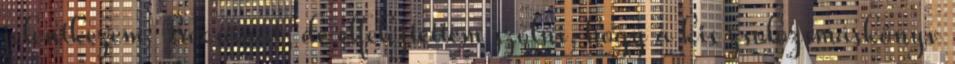
jelentkezem. Bocsánat, de elfelejtettem szólni, hogy a kis zsolozsmáskönyv